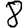
Digit: 8